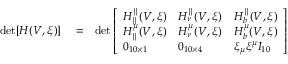
\begin{array} { r l r } { \operatorname* { d e t } [ H ( V , \xi ) ] } & { { } = } & { \operatorname* { d e t } \left[ \begin{array} { l l l } { H _ { \parallel } ^ { \parallel } ( V , \xi ) } & { H _ { \nu } ^ { \parallel } ( V , \xi ) } & { H _ { b } ^ { \parallel } ( V , \xi ) } \\ { H _ { \parallel } ^ { \mu } ( V , \xi ) } & { H _ { \nu } ^ { \mu } ( V , \xi ) } & { H _ { b } ^ { \mu } ( V , \xi ) } \\ { 0 _ { 1 0 \times 1 } } & { 0 _ { 1 0 \times 4 } } & { \xi _ { \mu } \xi ^ { \mu } I _ { 1 0 } } \end{array} \right] } \end{array}